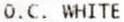
O.C. WHITE